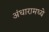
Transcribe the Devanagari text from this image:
अंधारामध्ये